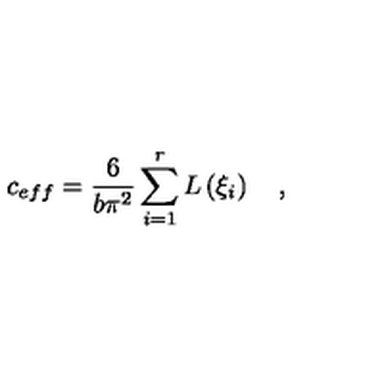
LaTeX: c _ { e f f } = \frac { 6 } { b \pi ^ { 2 } } \sum _ { i = 1 } ^ { r } L \left( \xi _ { i } \right) \quad ,